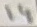
Text: 14